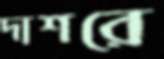
দাশরে